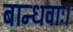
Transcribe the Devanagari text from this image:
बान्धवाः।